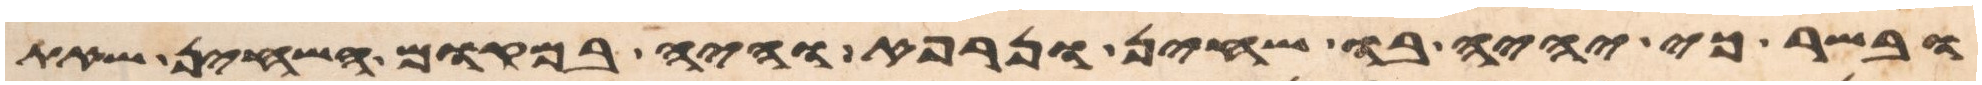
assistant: ובשר כי יהיה בו שחין ונרפא והיה במקום השחין שאת